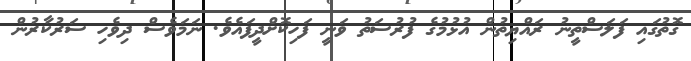
ގޮތުގައި ފަލަސްތީނު ރައްޔިތުން އުޅުމުގެ ފުރުސަތު ވަނީ ފަހިކޮށްދީފައެވެ. ނަމަވެސް ދިވެހި ސަރުކާރުން